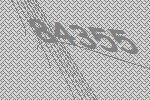
84355